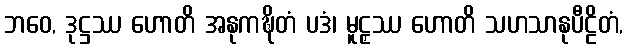
ဘဝေ, ဒုဋ္ဌဿ ဟောတိ အနုကဍ္ဎိတံ ပဒံ၊ မူဠှဿ ဟောတိ သဟသာနုပီဠိတံ,